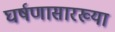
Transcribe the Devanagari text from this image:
घर्षणासारख्या